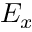
E _ { x }